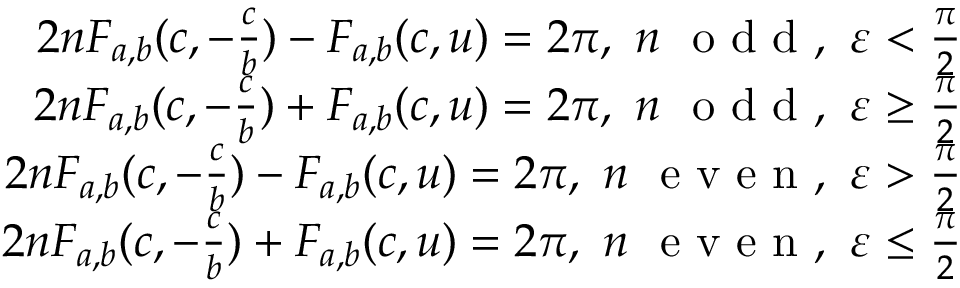
\begin{array} { r l r } & { } & { 2 n F _ { a , b } ( c , - \frac { c } { b } ) - F _ { a , b } ( c , u ) = 2 \pi , ~ n ~ \textrm { o d d } , ~ \varepsilon < \frac { \pi } { 2 } } \\ & { } & { 2 n F _ { a , b } ( c , - \frac { c } { b } ) + F _ { a , b } ( c , u ) = 2 \pi , ~ n ~ \textrm { o d d } , ~ \varepsilon \geq \frac { \pi } { 2 } } \\ & { } & { 2 n F _ { a , b } ( c , - \frac { c } { b } ) - F _ { a , b } ( c , u ) = 2 \pi , ~ n ~ \textrm { e v e n } , ~ \varepsilon > \frac { \pi } { 2 } } \\ & { } & { 2 n F _ { a , b } ( c , - \frac { c } { b } ) + F _ { a , b } ( c , u ) = 2 \pi , ~ n ~ \textrm { e v e n } , ~ \varepsilon \leq \frac { \pi } { 2 } } \end{array}